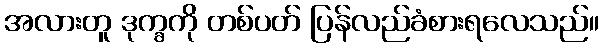
အလားတူ ဒုက္ခကို တစ်ပတ် ပြန်လည်ခံစားရလေသည်။